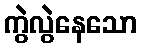
ကွဲလွဲနေသော